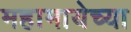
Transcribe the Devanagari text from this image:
महामायेच्या